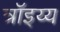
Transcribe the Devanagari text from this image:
त्रॉइय्य